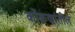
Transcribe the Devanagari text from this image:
कोंकणांतील